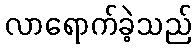
လာရောက်ခဲ့သည်